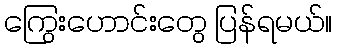
ကြွေးဟောင်းတွေ ပြန်ရမယ်။